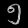
Digit: ၅